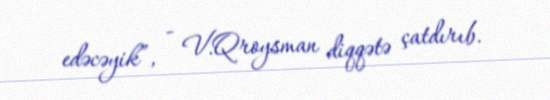
edəcəyik”, - V.Qroysman diqqətə çatdırıb.